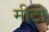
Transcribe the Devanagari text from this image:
मीटी